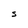
Character: S